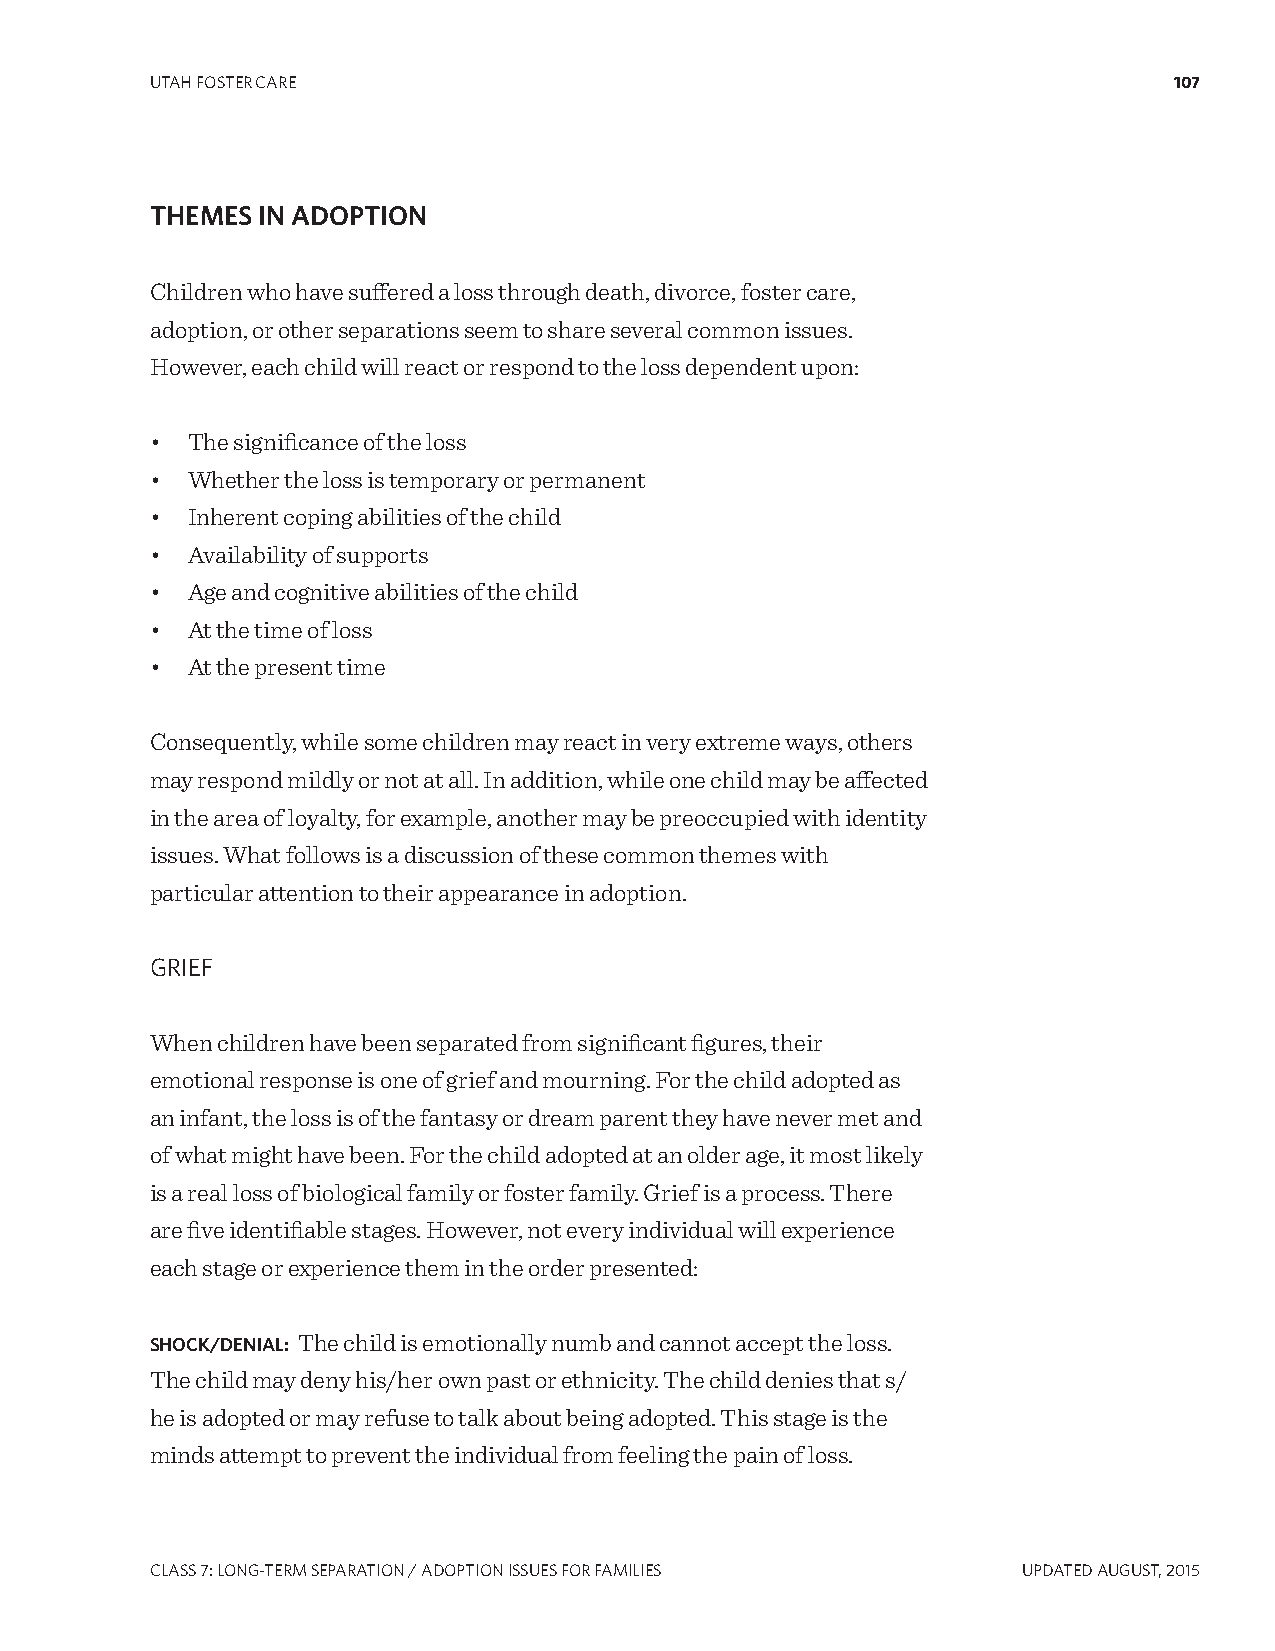
UTAH FOSTER CARE                                                    107
 THEMES IN ADOPTION
 Children who have suffered a loss through death, divorce, foster care,
 adoption, or other separations seem to share several common issues.
 However, each child will react or respond to the loss dependent upon:
 • The significance of the loss
 • Whether the loss is temporary or permanent
 • Inherent coping abilities of the child
 • Availability of supports
 • Age and cognitive abilities of the child
 • At the time of loss
 • At the present time
 Consequently, while some children may react in very extreme ways, others
 may respond mildly or not at all. In addition, while one child may be affected
 in the area of loyalty, for example, another may be preoccupied with identity
 issues. What follows is a discussion of these common themes with
 particular attention to their appearance in adoption.
 gRIEF
 When children have been separated from significant figures, their
 emotional response is one of grief and mourning. For the child adopted as
 an infant, the loss is of the fantasy or dream parent they have never met and
 of what might have been. For the child adopted at an older age, it most likely
 is a real loss of biological family or foster family. Grief is a process. There
 are five identifiable stages. However, not every individual will experience
 each stage or experience them in the order presented:
 SHOCK/DENIAL: The child is emotionally numb and cannot accept the loss.
 The child may deny his/her own past or ethnicity. The child denies that s/
 he is adopted or may refuse to talk about being adopted. This stage is the
 minds attempt to prevent the individual from feeling the pain of loss.
 CLASS 7: LONg-TERM SEPARATION / ADOPTION ISSUES FOR FAMILIES UPDATED AUgUST, 2015